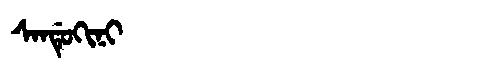
Manchu: ᠰᠠᠨᡩᡠᡴᡳᠨᡳ
Romanization: SANDUKINI